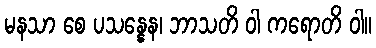
မနသာ စေ ပသန္နေန၊ ဘာသတိ ဝါ ကရောတိ ဝါ။